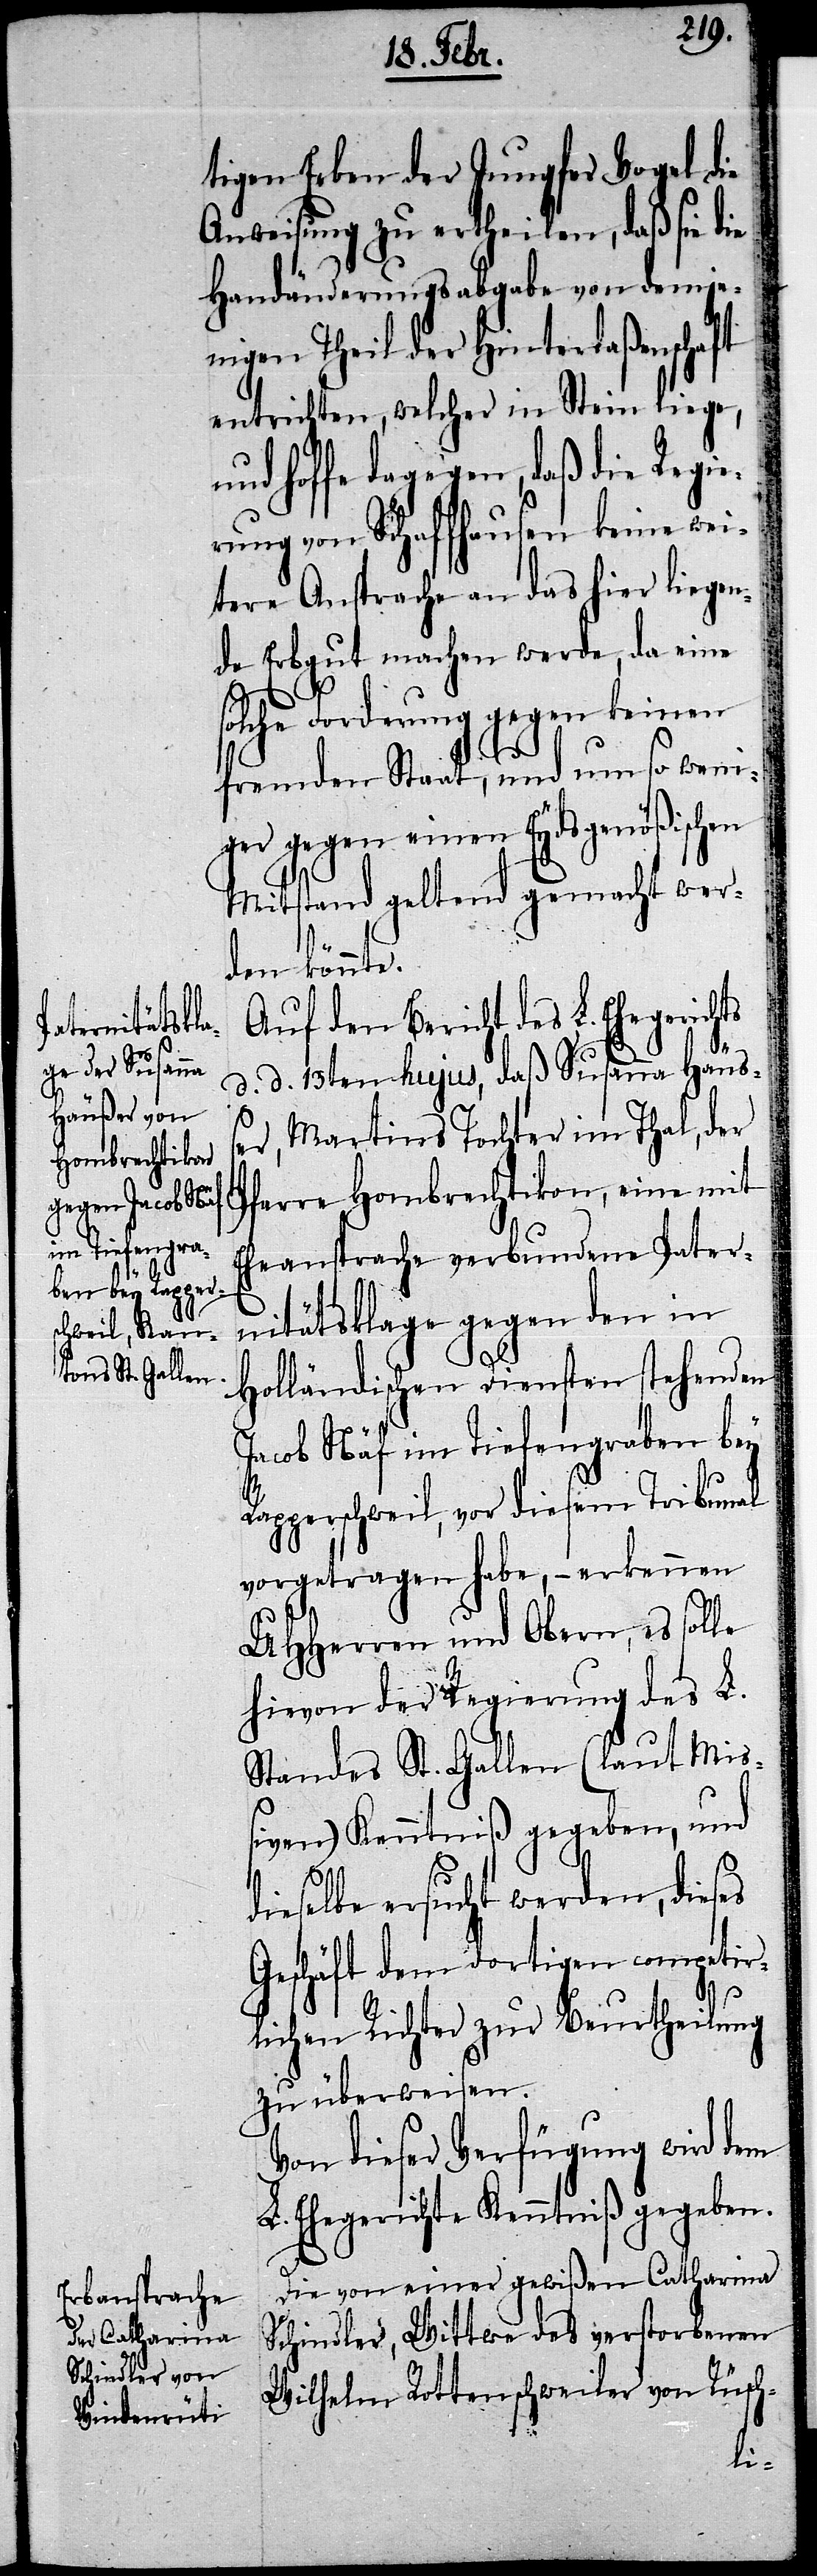
tigen Erben der Jungfer Vogel die
Anweisung zu ertheilen, daß sie die
Handänderungsabgabe von demje¬
nigen Theil der Hinterlaßenschaft
entrichten, welcher in Stein liege,
und hoffe dagegen, daß die Regie¬
rung von Schaffhausen keine wei¬
tere Ansprache an das hier liegen¬
de Erbgut machen werde, da eine
olche Forderung gegen keinen
fremden Staat, und um so weni¬
ger gegen einen Eydsgenößischen
Mitstand geltend gemacht wer¬
den könnte.
Auf den Bericht des L. Ehegerich¬
d. d. 13ten hujus, daß Susanna Häuß¬
er, Martins Tochter im Thal, der
Pfarre Hombrechtikon, eine mit
Eheansprache verbundene Pater¬
nitätsklage gegen den in
Holländischen Diensten stehenden
Jacob Näf im Tiefengraben bey
Rapperschweil, vor diesem Tribunal
vorgetragen habe, – erkennen
UHHerren und Obern, es solle
hievon der Regierung des L.
Standes St. Gallen (laut Miß¬
iven) Kenntniß gegeben, und
dieselbe ersucht werden, dieses
Geschäft dem dortigen competir¬
lichen Richter zur Beurtheilung
zu überweisen.
Von dieser Verfügung wird dem
L. Ehegerichte Kenntniß gegeben.
Die von einer gewißen Catharina
Schindler, Wittwe des verstorbenen
Wilhelm Rottenschweiler von Rüsch-
ts